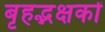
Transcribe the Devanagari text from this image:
बृहद्भक्षकों